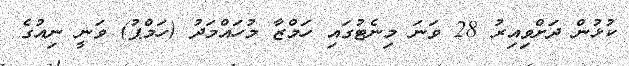
ކުޅުން ދަށްވިއިރު 28 ވަނަ މިނެޓުގައި ހަމްޒާ މުހައްމަދު (ހަމްޕު) ވަނީ ނިއުގެ